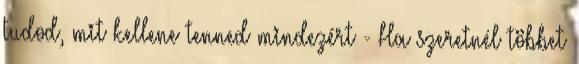
tudod, mit kellene tenned mindezért - Ha szeretnél többet